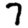
Digit: 7